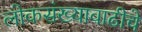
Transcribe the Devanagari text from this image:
लोकसंख्यावाढीचे